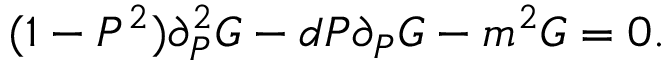
( 1 - P ^ { 2 } ) \partial _ { P } ^ { 2 } G - d P \partial _ { P } G - m ^ { 2 } G = 0 .